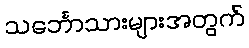
သင်္ဘောသားများအတွက်